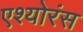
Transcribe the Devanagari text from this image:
एश्योरंस